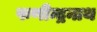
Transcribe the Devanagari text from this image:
फणीन्द्रनाथ